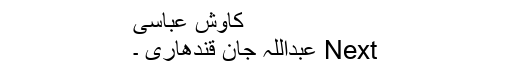
کاوش عباسی
Next عبداللہ جان قندھاری ۔